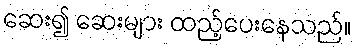
ဆေး၍ ဆေးများ ထည့်ပေးနေသည်။